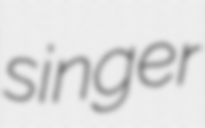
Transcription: singer